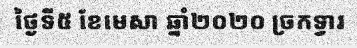
ថ្ងៃទី៥ ខែមេសា ឆ្នាំ២០២០ ច្រកទ្វារ